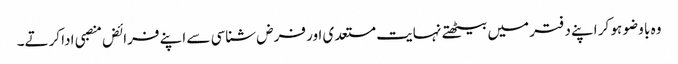
وہ با وضو ہو کر اپنے دفتر میں بیٹھتے نہایت مستعدی اور فرض شناسی سے اپنے فرائض منصبی ادا کرتے۔